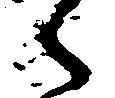
々